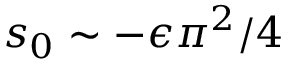
s _ { 0 } \sim - \epsilon \pi ^ { 2 } / 4